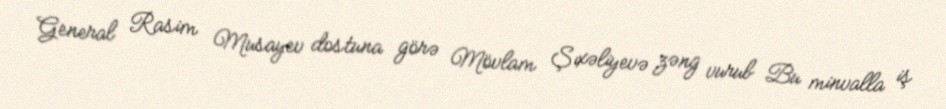
General Rasim Musayev dostuna görə Mövlam Şıxəliyevə zəng vurub Bu minvalla iş